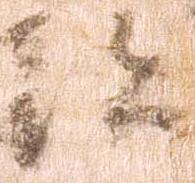
跡